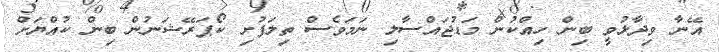
އޭނާ ވިދާޅުވީ ބިން ހިއްކުން މަޑުޖައްސާލި ނަމަވެސް ތިލަފުށި ކޯޕަރޭޝަނުން ބިން ކުއްޔަށް